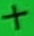
Text: +